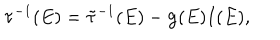
LaTeX: { \bf \tau } ^ { - 1 } ( E ) = \tilde { \bf \tau } ^ { - 1 } ( E ) - { \bf g } ( E ) I ( E ) ,